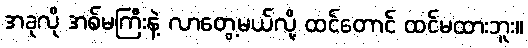
အခုလို အစ်မကြီးနဲ့ လာတွေ့မယ်လို့ ထင်တောင် ထင်မထားဘူး။